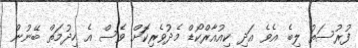
ފުރުސަތު ލިބެ އެވެ އަދި ކިއުއާރްކޯޑް މެދުވެރިކޮަށް ވެސް އެ ހިދުމަތް ބޭނުން